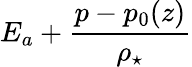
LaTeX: E_{a}+\frac{p-p_{0}(z)}{\rho_{\star}}